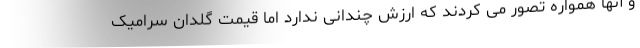
و آنها همواره تصور می کردند که ارزش چندانی ندارد اما قیمت گلدان سرامیک